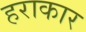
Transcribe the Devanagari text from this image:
हराकार